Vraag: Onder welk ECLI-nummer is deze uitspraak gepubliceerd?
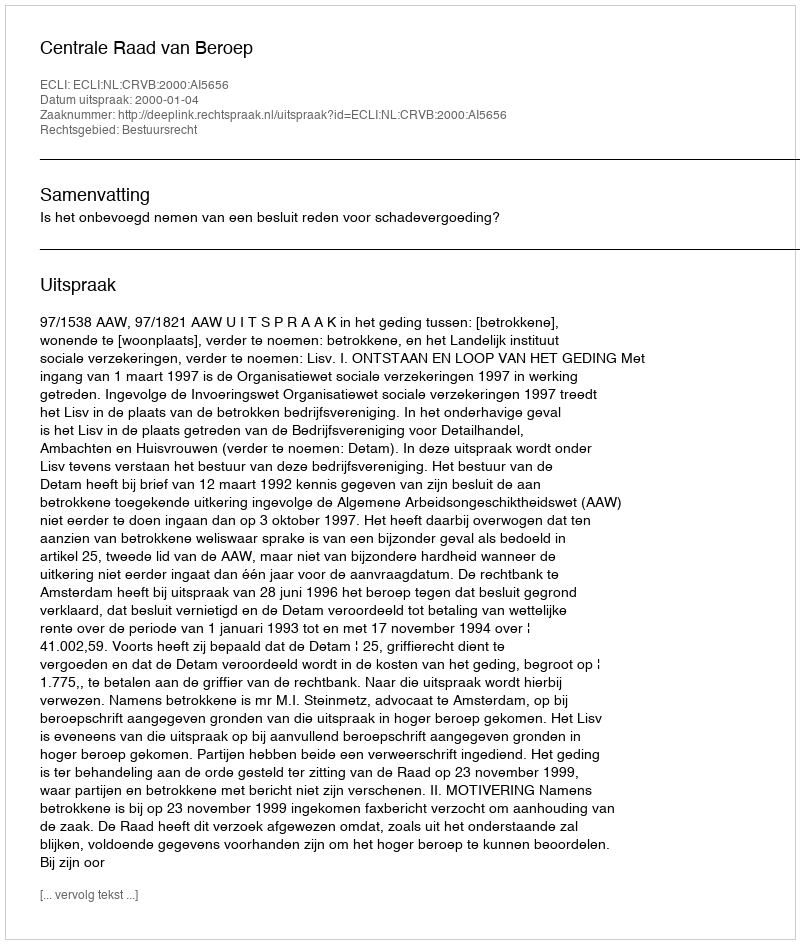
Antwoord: ECLI:NL:CRVB:2000:AI5656